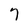
Character: 7